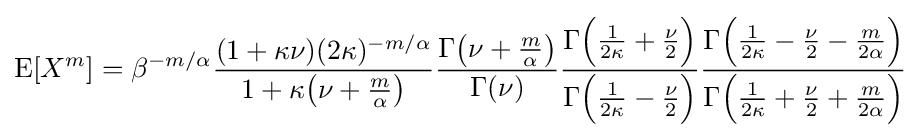
\operatorname {E} [X^{m}]=\beta ^{-m/\alpha }{\frac {(1+\kappa \nu )(2\kappa )^{-m/\alpha }}{1+\kappa {\big (}\nu +{\frac {m}{\alpha }}{\big )}}}{\frac {\Gamma {\big (}\nu +{\frac {m}{\alpha }}{\big )}}{\Gamma (\nu )}}{\frac {\Gamma {\Big (}{\frac {1}{2\kappa }}+{\frac {\nu }{2}}{\Big )}}{\Gamma {\Big (}{\frac {1}{2\kappa }}-{\frac {\nu }{2}}{\Big )}}}{\frac {\Gamma {\Big (}{\frac {1}{2\kappa }}-{\frac {\nu }{2}}-{\frac {m}{2\alpha }}{\Big )}}{\Gamma {\Big (}{\frac {1}{2\kappa }}+{\frac {\nu }{2}}+{\frac {m}{2\alpha }}{\Big )}}}